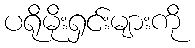
ပရိုမိုးရှင်းများကို